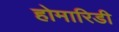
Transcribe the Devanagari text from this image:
होमारिडी